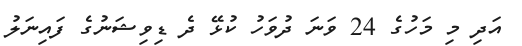
އަދި މި މަހުގެ 24 ވަނަ ދުވަހު ކުޅޭ ދެ ޑިވިޝަނުގެ ފައިނަލު